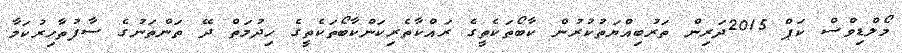
މޯލްޑިވްސް ކަޕް 2015ދަރިން ތަރުބިއްޔަތުކުރުން ކާބޯތަކެތީގެ ރައްކާތެރިކަންކާބޯތަކެތީގެ ހިދުމަތް ދޭ ތަންތަނުގެ ސާފުތާހިރުކަމާ